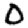
Digit: 0